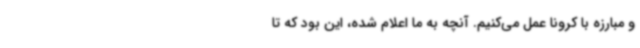
و مبارزه با کرونا عمل می‌کنیم. آنچه به ما اعلام شده، این بود که تا